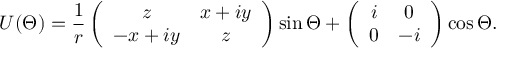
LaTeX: U ( \Theta ) = \frac { 1 } { r } \left( \begin{array} { c c } { { z } } & { { x + i y } } \\ { { - x + i y } } & { { z } } \end{array} \right) \sin \Theta + \left( \begin{array} { c c } { { i } } & { { 0 } } \\ { { 0 } } & { { - i } } \end{array} \right) \cos \Theta .